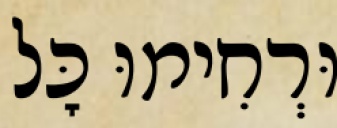
וּרְחִימוּ כׇּל